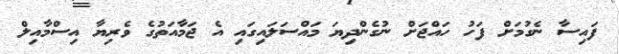
ފައިސާ ނެގުމަށް ފަހު ހައްޖަށް ނުގެންދިޔަ މައްސަލައިގައި އެ ޖަމާއަތުގެ ވެރިޔާ އިސްމާއިލް